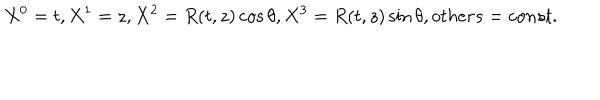
LaTeX: X ^ { 0 } = t , X ^ { 1 } = z , X ^ { 2 } = R ( t , z ) \cos \theta , X ^ { 3 } = R ( t , z ) \sin \theta , o t h e r s = c o n s t .